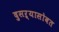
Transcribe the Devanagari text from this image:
दुसऱ्यासोबत